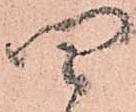
四